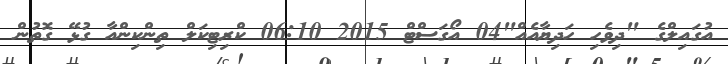
އުގައިލްގެ "ދިވެހި ހަދިޔާއެއް"04 އޯގަސްޓް 2015 06:10 ކްރިޓިކަލް ތިންކިންއާ ގުޅޭ ގޮތުން